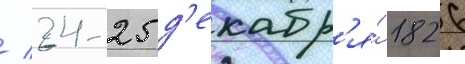
/ 24-25 д'екабр'я́ 1826